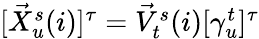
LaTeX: \begin{array}{r}{[\vec{X}_{u}^{s}(i)]^{\tau}=\vec{V}_{t}^{s}(i)[\gamma_{u}^{t}]^{\tau}}\end{array}